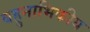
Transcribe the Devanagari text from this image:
बहुनाभिकीय